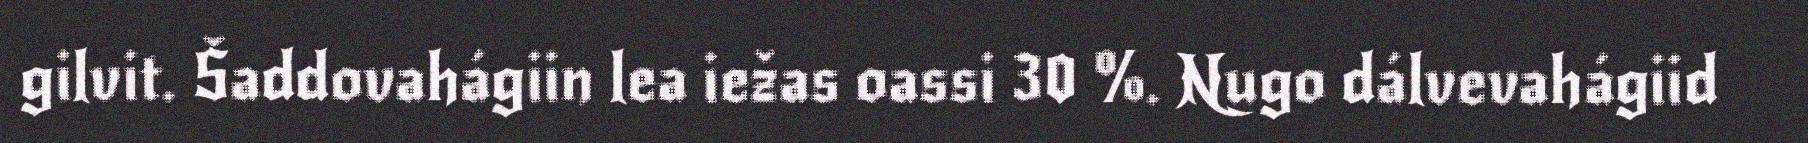
gilvit. Šaddovahágiin lea iežas oassi 30 %. Nugo dálvevahágiid